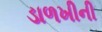
ડાળખીની